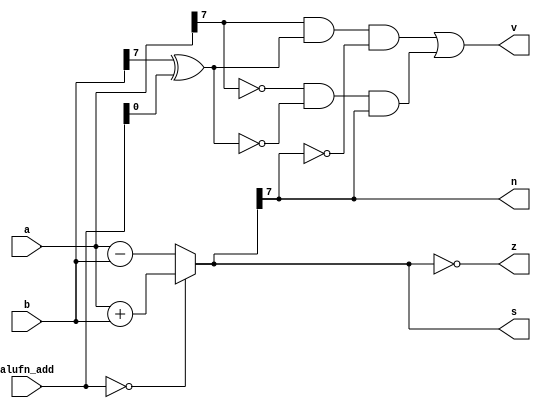
/*
   This file was generated automatically by the Mojo IDE version B1.3.6.
   Do not edit this file directly. Instead edit the original Lucid source.
   This is a temporary file and any changes made to it will be destroyed.
*/

module adder_7 (
    input [1:0] alufn_add,
    input [7:0] a,
    input [7:0] b,
    output reg [7:0] s,
    output reg z,
    output reg v,
    output reg n
  );
  
  
  
  reg [7:0] sum;
  
  reg xb;
  
  always @* begin
    
    case (alufn_add)
      2'h0: begin
        sum = a + b;
      end
      2'h1: begin
        sum = a - b;
      end
      default: begin
        sum = a - b;
      end
    endcase
    xb = b[7+0-:1] ^ alufn_add;
    z = (sum == 8'h00);
    v = (a[7+0-:1] & xb & !(sum[7+0-:1])) | (!(a[7+0-:1]) & !(xb) & sum[7+0-:1]);
    n = sum[7+0-:1];
    s = sum;
  end
endmodule